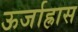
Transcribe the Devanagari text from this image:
ऊर्जाह्रास